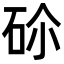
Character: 𥑒